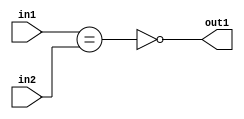
`timescale 1ps / 1ps
/*****************************************************************************
    Verilog RTL Description
    
    
    Created by: CellMath Designer 2019.1.01 
*******************************************************************************/

module finish_gen_NotEQ_8Ux5U_1U_4_0 (
	in2,
	in1,
	out1
	); /* architecture "behavioural" */ 
input [7:0] in2;
input [4:0] in1;
output  out1;
wire  asc001,
	asc002;

assign asc002 = (in1==in2);

assign asc001 = 
	((~asc002));

assign out1 = asc001;
endmodule

/* CADENCE  ubPxTwk= : u9/ySgnWtBlWxVPRXgAZ4Og= ** DO NOT EDIT THIS LINE ******/